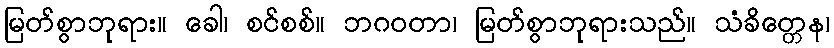
မြတ်စွာဘုရား။ ခေါ၊ စင်စစ်။ ဘဂဝတာ၊ မြတ်စွာဘုရားသည်။ သံခိတ္တေန၊